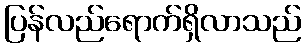
ပြန်လည်ရောက်ရှိလာသည်